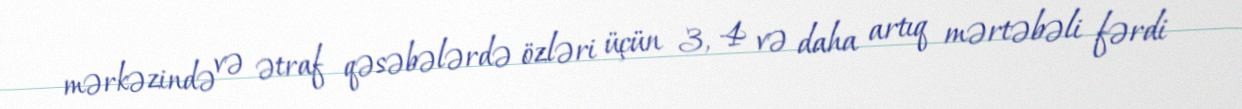
mərkəzində və ətraf qəsəbələrdə özləri üçün 3, 4 və daha artıq mərtəbəli fərdi